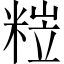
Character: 𥺺